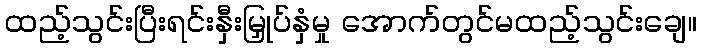
ထည့်သွင်းပြီးရင်းနှီးမြှုပ်နှံမှု အောက်တွင်မထည့်သွင်းချေ။